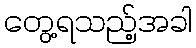
တွေ့ရသည့်အခါ